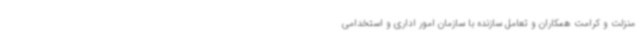
منزلت و کرامت همکاران و تعامل سازنده با سازمان امور اداری و استخدامی